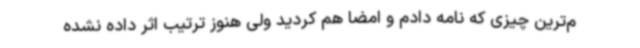
م‌ترین چیزی که نامه دادم و امضا هم کردید ولی هنوز ترتیب اثر داده نشده